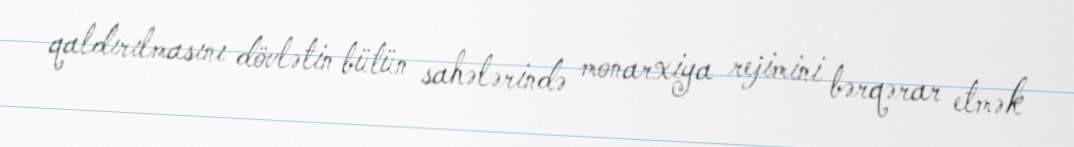
qaldırılmasını dövlətin bütün sahələrində monarxiya rejimini bərqərar etmək